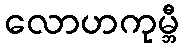
လောဟကုမ္ဘီ